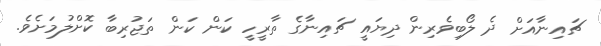
ޗައިނާއަށް ދެ ލޯބިވެރިން ދިޔައީ ޗައިނާގެ ތާރީހީ ކަން ކަން ތަޖުރިބާ ކޮށްލުމަށެވެ.